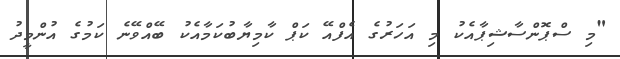
"މި ސްޕޮންސާޝިޕާއެކު މި އަހަރުގެ އެފްއޭ ކަޕް ކާމިޔާބުކަމާއެކު ބޭއްވޭނެ ކަމުގެ އުންމީދު